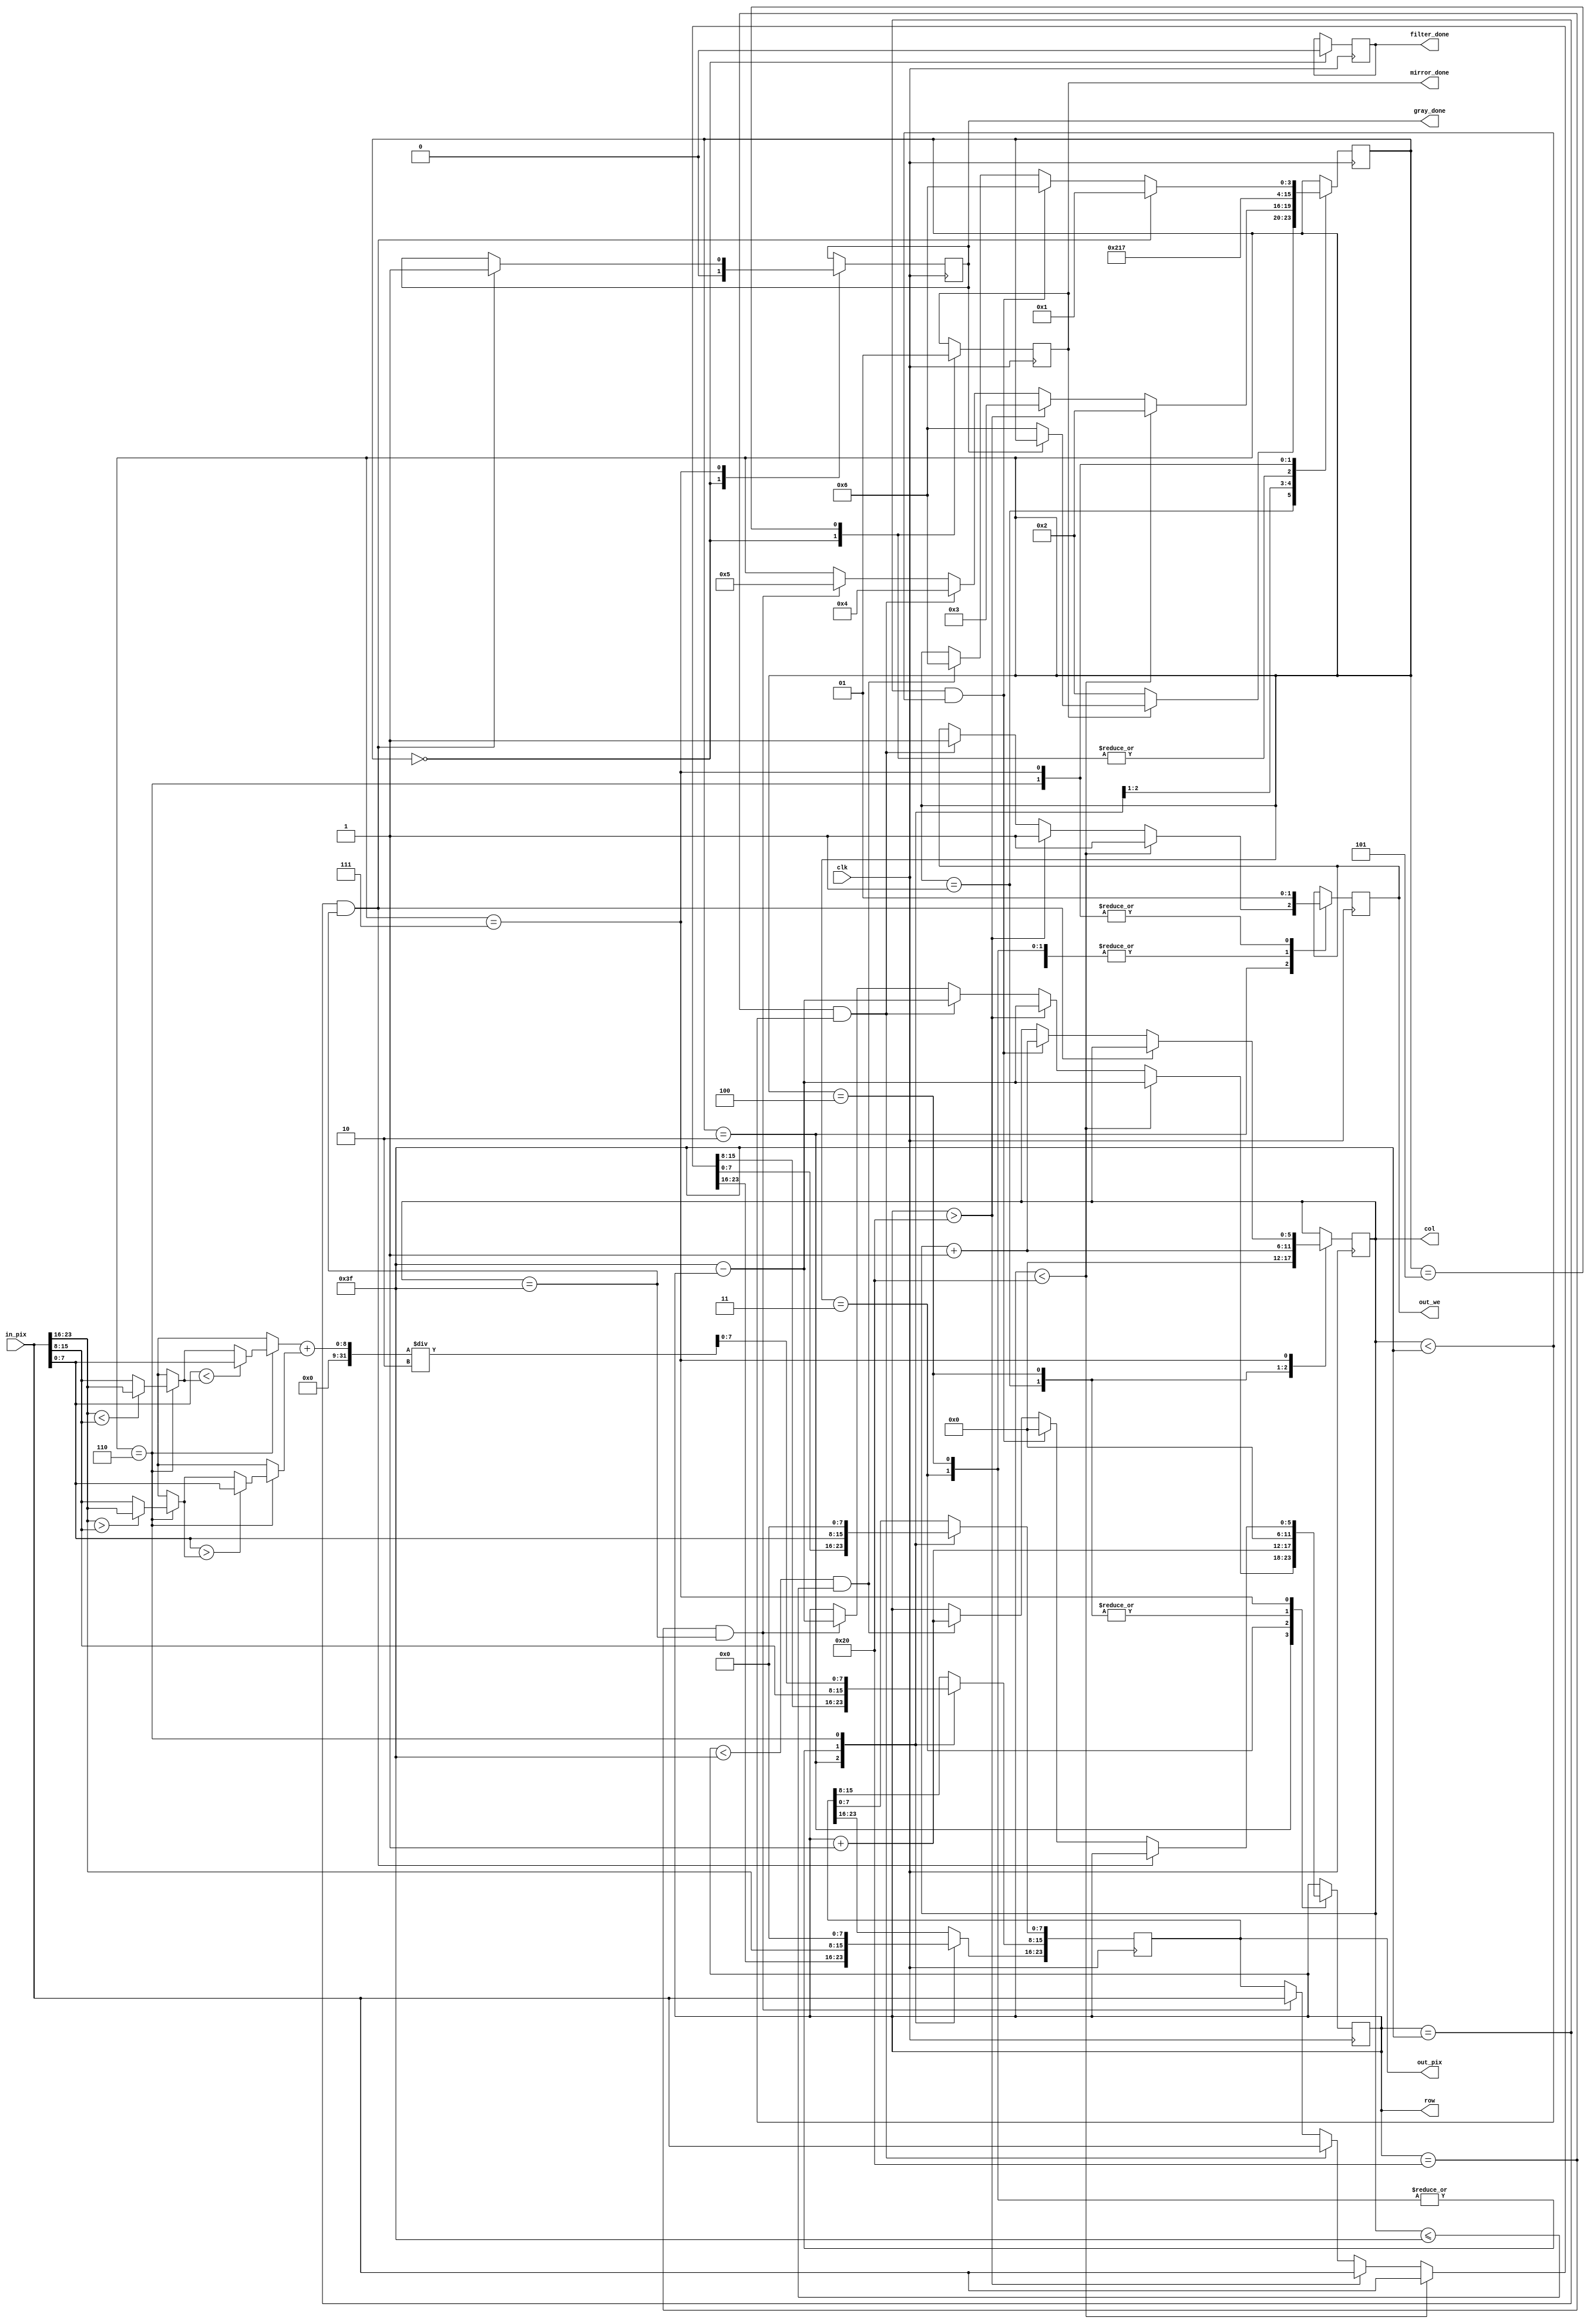
`timescale 1ns / 1ps

module process(
	input clk,				// clock 
	input [23:0] in_pix,	// valoarea pixelului de pe pozitia [in_row, in_col] din imaginea de intrare (R 23:16; G 15:8; B 7:0)
	output reg [5:0] row, col, 	// selecteaza un rand si o coloana din imagine
	output reg out_we, 			// activeaza scrierea pentru imaginea de iesire (write enable)
	output reg [23:0] out_pix,	// valoarea pixelului care va fi scrisa in imaginea de iesire pe pozitia [out_row, out_col] (R 23:16; G 15:8; B 7:0)
	output reg mirror_done,		// semnaleaza terminarea actiunii de oglindire (activ pe 1)
	output reg gray_done,		// semnaleaza terminarea actiunii de transformare in grayscale (activ pe 1)
	output reg filter_done);	// semnaleaza terminarea actiunii de aplicare a filtrului de sharpness (activ pe 1)
	
	parameter START = 4'b0000;
	parameter IDLE = 4'b0001;
	parameter MIRROR = 4'b0010;
	parameter MIRROR1 = 4'b0011;
	parameter MIRROR2 = 4'b0100;
	parameter MIRROR3 = 4'b0101;
	parameter GRAYSCALE = 4'b0110;
	parameter GRAYSCALE1 = 4'b0111;
	
	reg [3:0] state=0, next_state;
	reg [7:0] min_gray, max_gray, gray_val;
	
// TODO add your finite state machines here
	
	
	always@(posedge clk) begin	
	
		case(state)
		
			START: begin
			//case pentru initializarea datelor
			
				mirror_done=0;
				gray_done=0;
				filter_done=0;
				out_we=0;
				next_state = IDLE;
				state=next_state;
				
			end
			
			IDLE: begin	
			//case care verifica daca mirror, grayscale sunt realizate
			
				row=0;	//dupa finalizarea fiecarui proces revenim in IDLE, de aceea setam randul si coloana sa fie 0, pentru urmatorul proces
				col=0;
				
				if(!mirror_done)begin
					next_state=MIRROR;
					state=next_state;
					
				end else if(!gray_done)begin
					next_state=GRAYSCALE;
					state=next_state;
				end
				
				//urma si o verificare daca s-a realizat transformarea imaginii cu filtru de sharpness
				//nu am mai implementat acest subpunct
				
			end
				
			MIRROR: begin 	
			//in aces case are loc oglindirea unei perechi de 2 pixeli
			//exp:[0,0] cu [0,63]
				
				if(row<32) begin	
				//out_pix va avea valoarea primului pixel din pereche (din jumatatea de sus a matrici) 
										
					row=63-row;
					out_we = 1;
					
					out_pix = in_pix;
					
					next_state = MIRROR;
					state=next_state;
					
				end else if(row>32) begin	
				//aici se realizeaza prima parte a oglindirii, al doilea pixel a perechii va fii egal cu primul
				
					row=63-row;
					out_we = 1;
				
					out_pix = in_pix;
				
					next_state = MIRROR1;
					state=next_state;
				
				end else if(row==32&&col<63)begin
				//cazul special in care am ajuns la ultima pereche care trebuie parcursa de pe o coloana	
				//are loc prima parte a oglindirii, identica cu cea unde row>32, doar ca trecem la MIRROR2 
					
					row=63-row;
					out_we=1;
					
					out_pix = in_pix;
					
					next_state = MIRROR2;
					state=next_state;
				
				end else if(row==32&&col==63)begin
				//cazul in care am ajuns la ultima pereche de pixeli din intreaga imagine
				//se finalizeaza oglindirea ultimei perechi de pixeli din toata imaginea, dupa care trecem la MIRROR3
				
					row=63-row;
					
					out_pix=in_pix;
					
					next_state = MIRROR3;
					state=next_state;
	
				end
			
			end
				
			MIRROR1: begin 
			//primul pixel al perechii ia valoarea celui de al doilea din pereche
			//s-a terminat oglindirea pe o pereche de 2 pixeli
			//trecem pe randul urmator, pentru a modifica urmatoare pereche de pixeli 
				
				row=row+1;
				out_we=0;
							
				out_pix=in_pix;
							
				next_state=MIRROR;
				state=next_state;
				
			end
				
			MIRROR2: begin 
			//se finalizeaza oglindirea pe ultima pereche de pixeli care trebuia parcursa de pe coloana curenta
			//in acest case trecem pe coloana urmatoare
			//row=0 pentru a lua coloana noua de la inceput 
				
				row=0;
				col=col+1;
				out_we=0;
				
				out_pix=in_pix;
						
				next_state=MIRROR;
				state=next_state;
				
			end 
				
			MIRROR3: begin
			//se finalizeaza oglindirea ultimei perechi de pixeli din toata imaginea 
			//mirror_done=1 deoarece am terminat procesul de oglindire
			//revenim la IDLE pentru a continua cu urmatorul proces
							
				mirror_done = 1;

				next_state = IDLE;
				state = next_state;
				
			end
				
			GRAYSCALE: begin
			//in acest case se realizeaza transformarea grayscale pe un pixel
				
				out_we=1;
							
				//se calculeaza minimul dintre cele 3 canale(RGB) ale pixelului
				if(in_pix[23:16]<in_pix[15:8])begin
					min_gray=in_pix[23:16];
				end else begin 
					min_gray=in_pix[15:8];
				end
								
				if(in_pix[7:0]<min_gray)begin
					min_gray=in_pix[7:0];
				end
							
				//se calculeaza maximul dintre cele 3 canale(RGB) ale pixelului
				if(in_pix[23:16]>in_pix[15:8])begin
					max_gray=in_pix[23:16];
				end else begin 
					max_gray=in_pix[15:8];
				end
								
				if(in_pix[7:0]>max_gray)begin
					max_gray=in_pix[7:0];
				end
						
				//gray_value reprezinta media dintre minimul si maximul celor 3 canale(RGB) ale pixelului
				gray_val=(min_gray+max_gray)/2;
					
				//canalul G ia valoarea mediei, conform cerintei, iar canalele R si B valoarea 0
				out_pix[23:16]=0;
				out_pix[15:8]=gray_val;
				out_pix[7:0]=0;
					
				//trecem la GRAYSCALE1 unde vom avea verificari	
				next_state=GRAYSCALE1;
				state=next_state;	
								
			end
				
			GRAYSCALE1: begin
				
				out_we=1;
				
				//verificam daca am ajuns la ultimul pixel
				//daca da procesul de grayscale e terminat 
				if(row==63&&col==63)begin
					gray_done=1;
					next_state=IDLE;
					state=next_state;
				
				//daca am ajuns la capatul unei coloane interioare, trecem pe urmatoarea
				end else if(row==63&&col<63)begin
					col=col+1;
					row=0;
					next_state=GRAYSCALE;
					state=next_state;
				
				//daca nu am ajuns la capatul coloanei crestem randul
				end else if(row<63&&col<=63)begin
					row=row+1;
					next_state=GRAYSCALE;
					state=next_state;
				end 
				
			end
						
		endcase
		
	end
	
endmodule